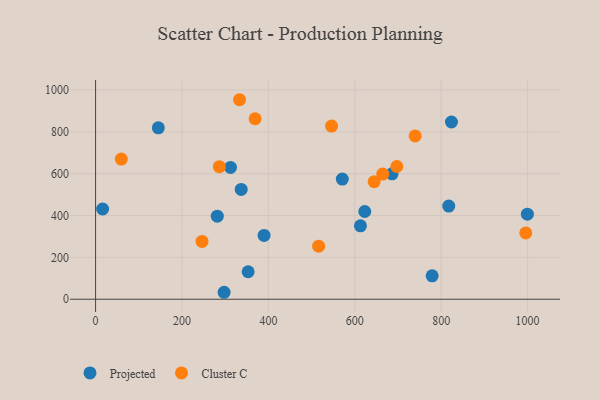
{"axis": {"x": "Study Hours", "y": "Salary"}, "legend": ["Cluster C", "Projected"], "data": [{"x": "353.1", "y": 131.5, "type": "Projected"}, {"x": "297.5", "y": 33.3, "type": "Projected"}, {"x": "337.1", "y": 525.0, "type": "Projected"}, {"x": "823.8", "y": 847.0, "type": "Projected"}, {"x": "613.1", "y": 351.0, "type": "Projected"}, {"x": "16.3", "y": 431.3, "type": "Projected"}, {"x": "281.7", "y": 396.8, "type": "Projected"}, {"x": "145.2", "y": 819.4, "type": "Projected"}, {"x": "686.3", "y": 599.5, "type": "Projected"}, {"x": "817.5", "y": 445.2, "type": "Projected"}, {"x": "779.1", "y": 112.1, "type": "Projected"}, {"x": "312.3", "y": 629.9, "type": "Projected"}, {"x": "999.5", "y": 406.6, "type": "Projected"}, {"x": "571.1", "y": 574.3, "type": "Projected"}, {"x": "623.1", "y": 419.3, "type": "Projected"}, {"x": "390.0", "y": 304.8, "type": "Projected"}, {"x": "664.7", "y": 598.3, "type": "Cluster C"}, {"x": "739.7", "y": 780.5, "type": "Cluster C"}, {"x": "516.3", "y": 253.6, "type": "Cluster C"}, {"x": "369.3", "y": 862.6, "type": "Cluster C"}, {"x": "333.2", "y": 953.5, "type": "Cluster C"}, {"x": "59.5", "y": 669.7, "type": "Cluster C"}, {"x": "995.8", "y": 316.8, "type": "Cluster C"}, {"x": "546.2", "y": 827.6, "type": "Cluster C"}, {"x": "644.8", "y": 561.8, "type": "Cluster C"}, {"x": "286.5", "y": 633.7, "type": "Cluster C"}, {"x": "697.3", "y": 634.3, "type": "Cluster C"}, {"x": "246.4", "y": 276.3, "type": "Cluster C"}]}